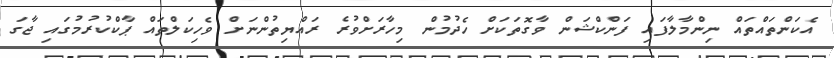
އެކަންތައްތައް ނިންމާލާފައި ފަންކްޝަން ވާގޮތަކަށް ހެދުމުން މިހާރަށްވުރެ ރައްޔިތުންނަށް ވެހިކަލްތައް ޕާކްކުރުމުގައި ޖާގަ